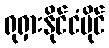
ရုရှားနိုင်ငံပိုင်